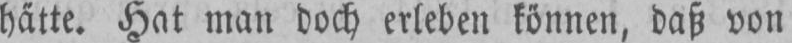
hätte. Hat man doch erleben können, daß von